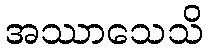
အဿာသေသိ